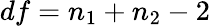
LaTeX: df=n_{1}+n_{2}-2